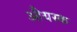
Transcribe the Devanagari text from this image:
औयस्क